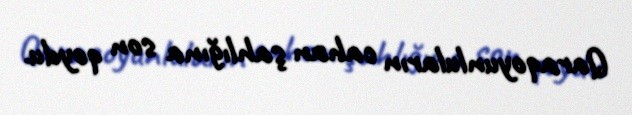
Qaraqoyunluların cahan şahlığına son qoydu.